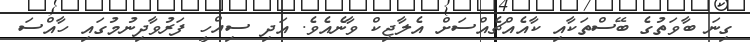
ގިނަ ބާވަތުގެ ބޭސްތަކާއި ކާއެއްޗެއްސަށް އެލާޖިކް ވާނެއެވެ. އަދި ސިއްހީ ފަރުވާދިނުމުގައި ހާއްސަ